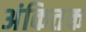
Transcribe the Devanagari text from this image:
अंकितक